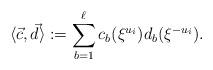
LaTeX: \begin{align*}\langle \vec{c},\vec{d}\rangle := \sum_{b=1}^\ell c_b(\xi^{u_i})d_b(\xi^{-u_i}).\end{align*}